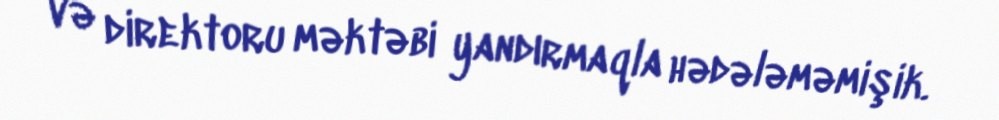
və direktoru məktəbi yandırmaqla hədələməmişik.